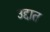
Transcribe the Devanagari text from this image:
उद्दात